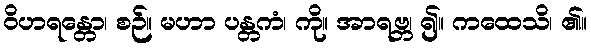
ဝိဟရန္တော၊ စဉ်။ မဟာ ပန္တကံ၊ ကို။ အာရဗ္ဘ၊ ၍။ ကထေသိ၊ ၏။